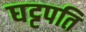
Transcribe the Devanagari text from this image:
घट्टपति